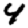
Digit: 4